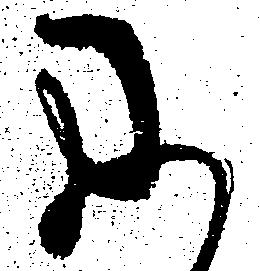
に